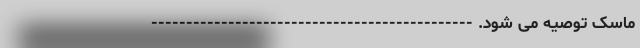
ماسک توصیه می شود. ----------------------------------------------